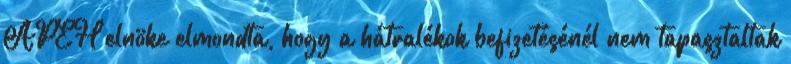
APEH elnöke elmondta, hogy a hátralékok befizetésénél nem tapasztaltak